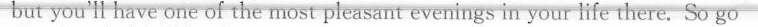
but you'l have one of the most pleasant evenings in your lfe there. So go